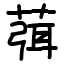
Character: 葞